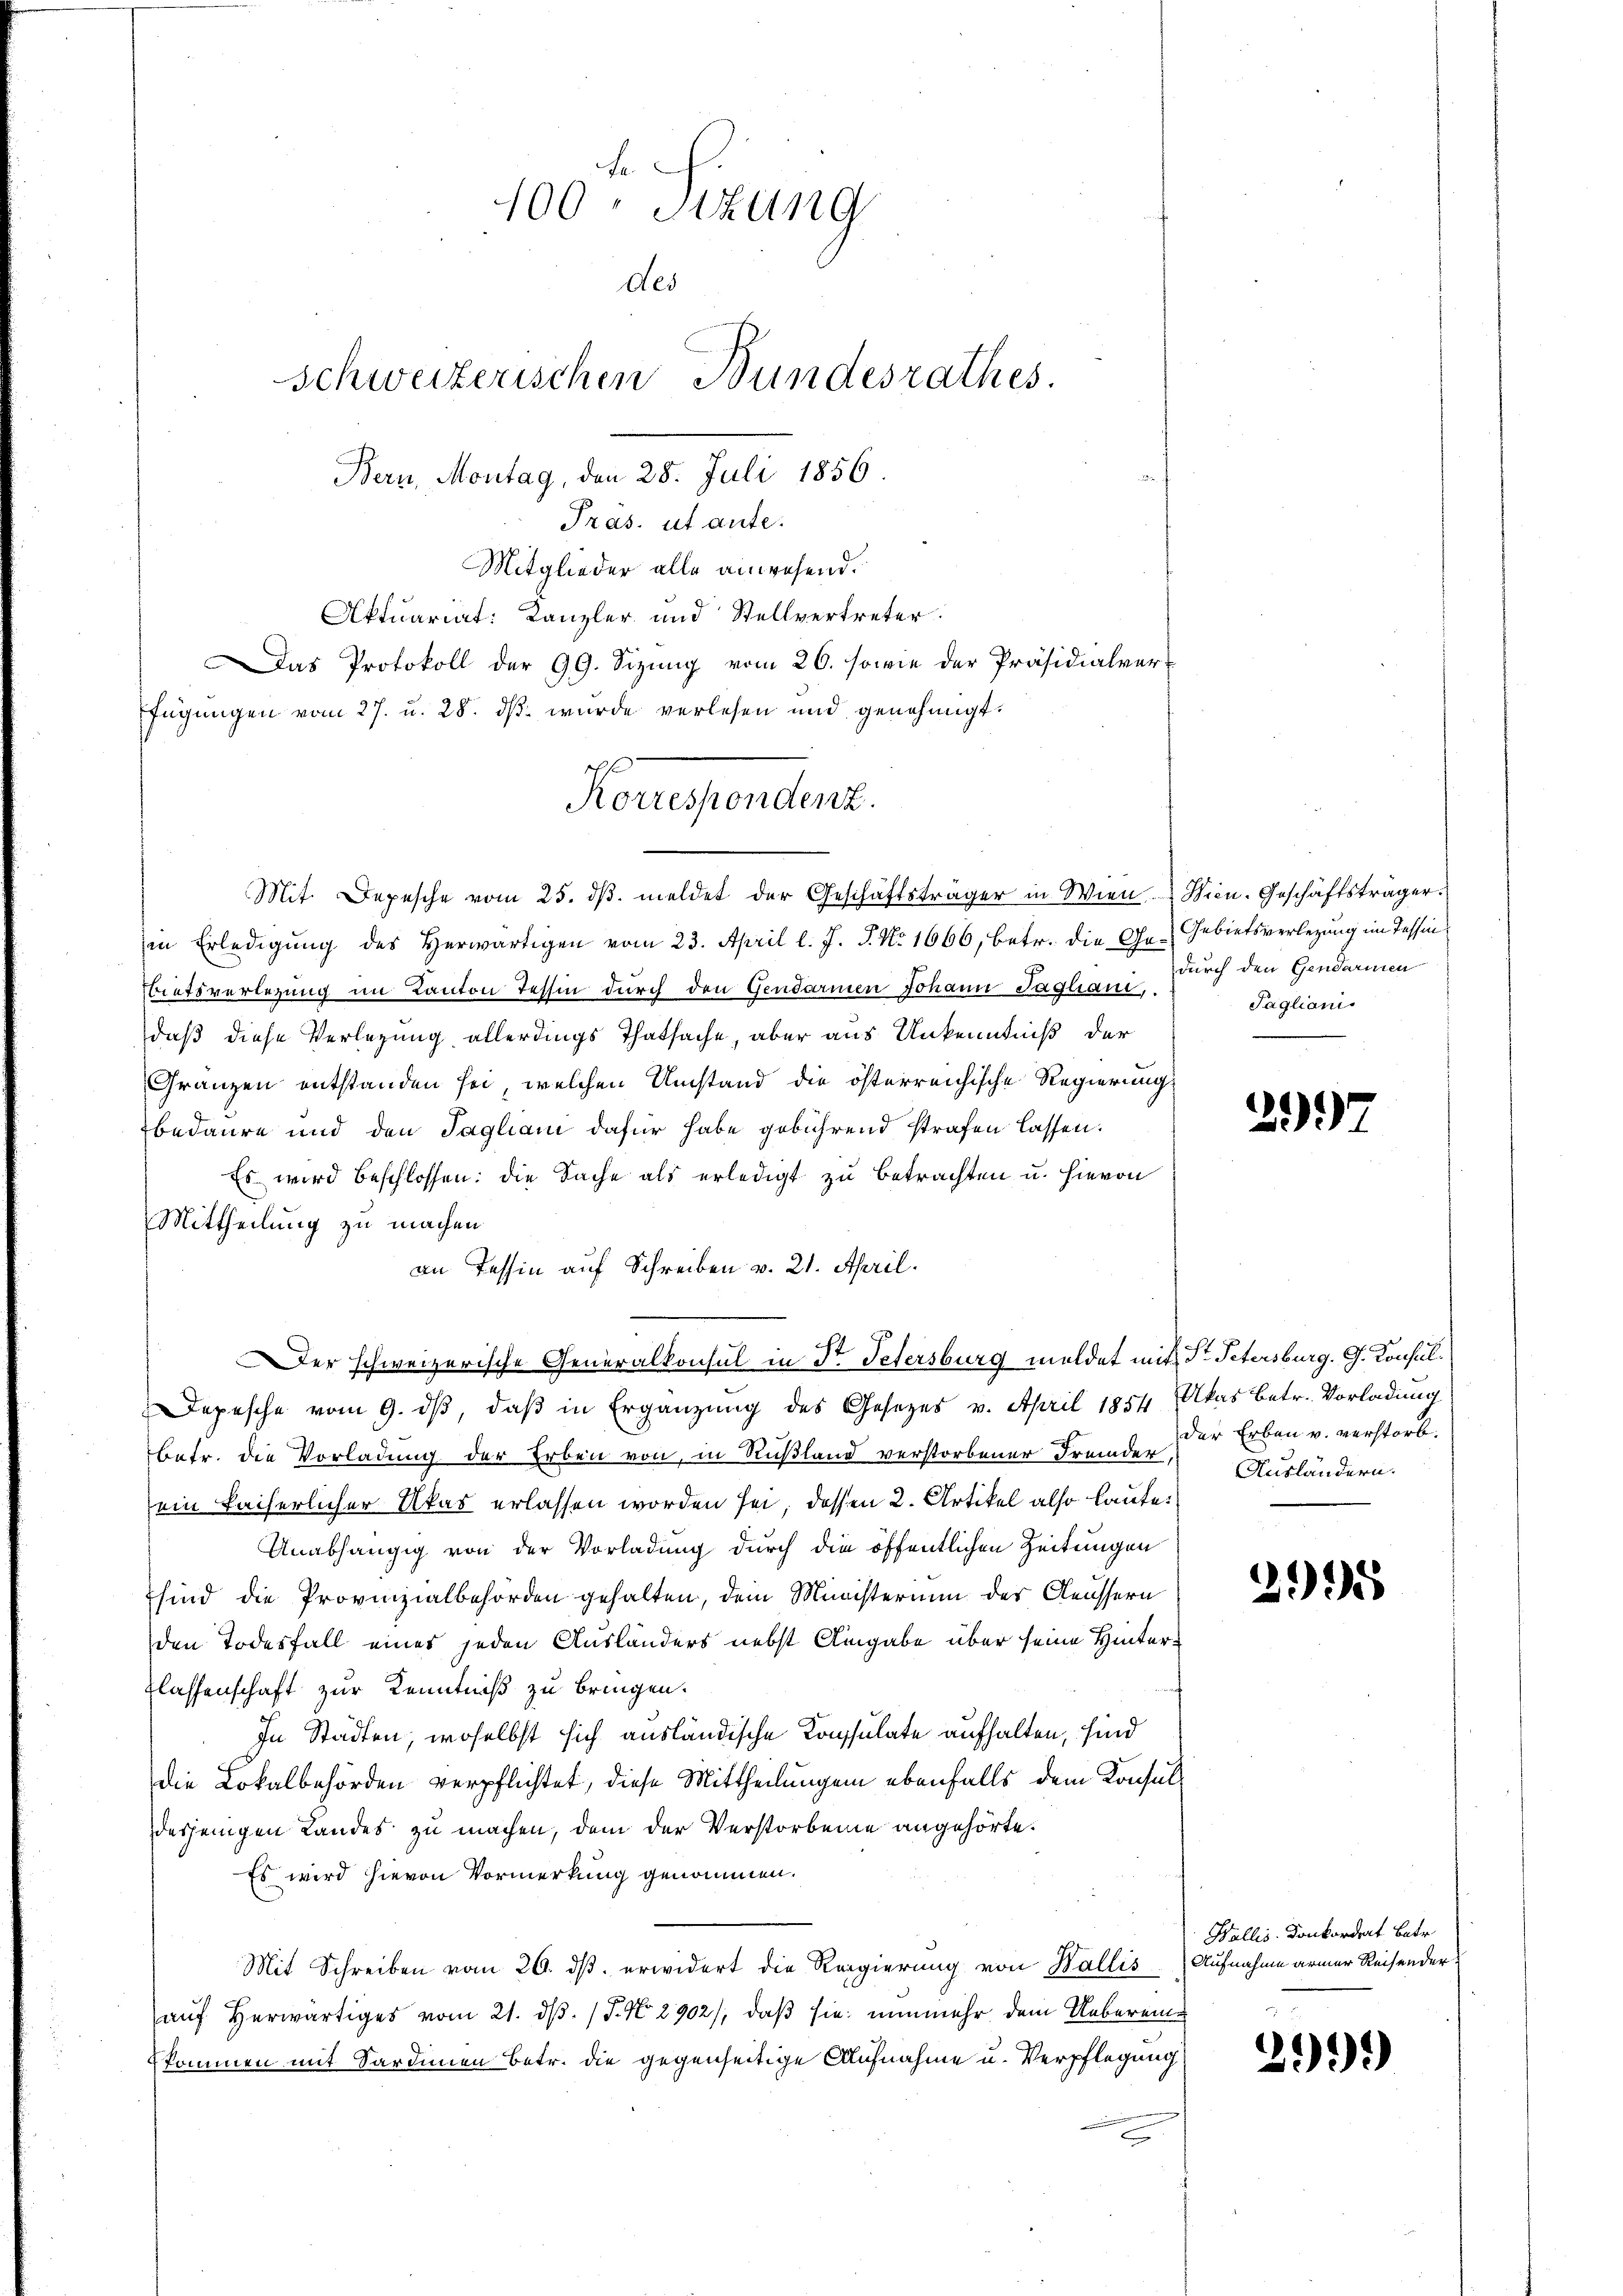
100 sizung
des
Schweizerischen Bundesrathes.
Bern, Montag, den 28. Juli 1856

Pras. ut ante.
Mitglieder alle anwesend.
Aktuariat: Kanzler und Stellvertreter
as Protokoll der 99. Sizŭng vom 26. sowie der Präsidialver-
fügungen vom 27. u. 28. dß wurde verlesen und genehmigt.
in Erledigung des Herwärtigen vom 23. April l. J. J. No 1666, betr. die Gebietsverlegung im Kanton Tessin durch den Gendarmen Johann Tagliani,
daß diese Verlegung allerdings Thatsache, aber aus Unkenntniß der
Gränzen entstanden sei, welchen Umstand die österreichische Regierung
bedaure und den Tagliani dafür habe gebührend strafen lassen.
Es wird beschlossen: die Sache als erledigt zu betrachten u. hievon
Mittheilung zu machen.
an Tessin auf Schreiben v. 21. April.
er schweizerische Generalkonsul in Str. Petersburg meldet mit Dr. Petersburg. G. Konsul¬
Depesche vom 9. ds, daß in Ergänzung des Gesetzes v. April 1854 (Akas betr. Vorladung
betr. die Vorladung der Erben von in Rußland verstorbener Fremder, Ausländern.
ein kaiserlicher Ukas erlassen worden sei, dessen 2. Artikel also laute
Unabhängig von der Vorladung durch die öffentlichen Zeitungen
sind die Provinzialbehörden gehalten, dem Ministerium des Aeussern
den Todesfall eines jeden Ausländers nebst Angabe über seine Hinterflassenschaft zur Kenntniß zu bringen.
In Städten, woselbst sich ausländische Consulate aufhalten, sind
die Lokalbehörden verpflichtet, diese Mittheilungen ebenfalls dem Konsulerjenigen Landes zu machen, dem der Verstorbene angehörte.
Es wird hievon Vormerkung genommen.
Mit Schreiben vom 26. ds. erwidert die Regierung von Wallis
aŭf herwärtiges vom 21. d. J. No. 2902), daß sie nunmehr dem Uebereinkommen mit Sardinen betr. die gegenseitige Aufnahme u. Verpflegung

7
Korrespondenz.

Mit Depesche vom 25. dβ meldet der Geschäftsträger in Wien Wien. Geschäftsträger.

Gebietsverlegung im Tessin,
durch den Gendarmen
Paglianis

29)

der Erbau v. verstorb.

2995

Wallis Donkordert Betr.
Aufnahme armer Reisender

299)